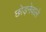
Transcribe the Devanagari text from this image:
छोड़नेवाले